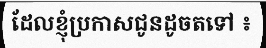
ដែលខ្ញុំប្រកាសជូនដូចតទៅ ៖